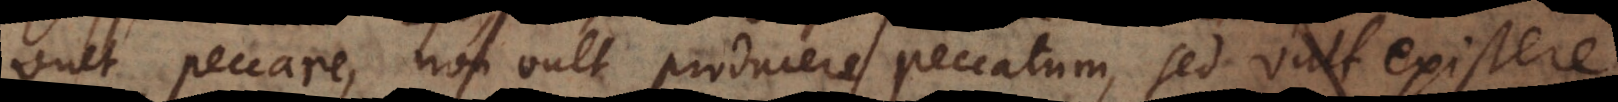
vult peccare, non vult producere peccatum, sed vult existere